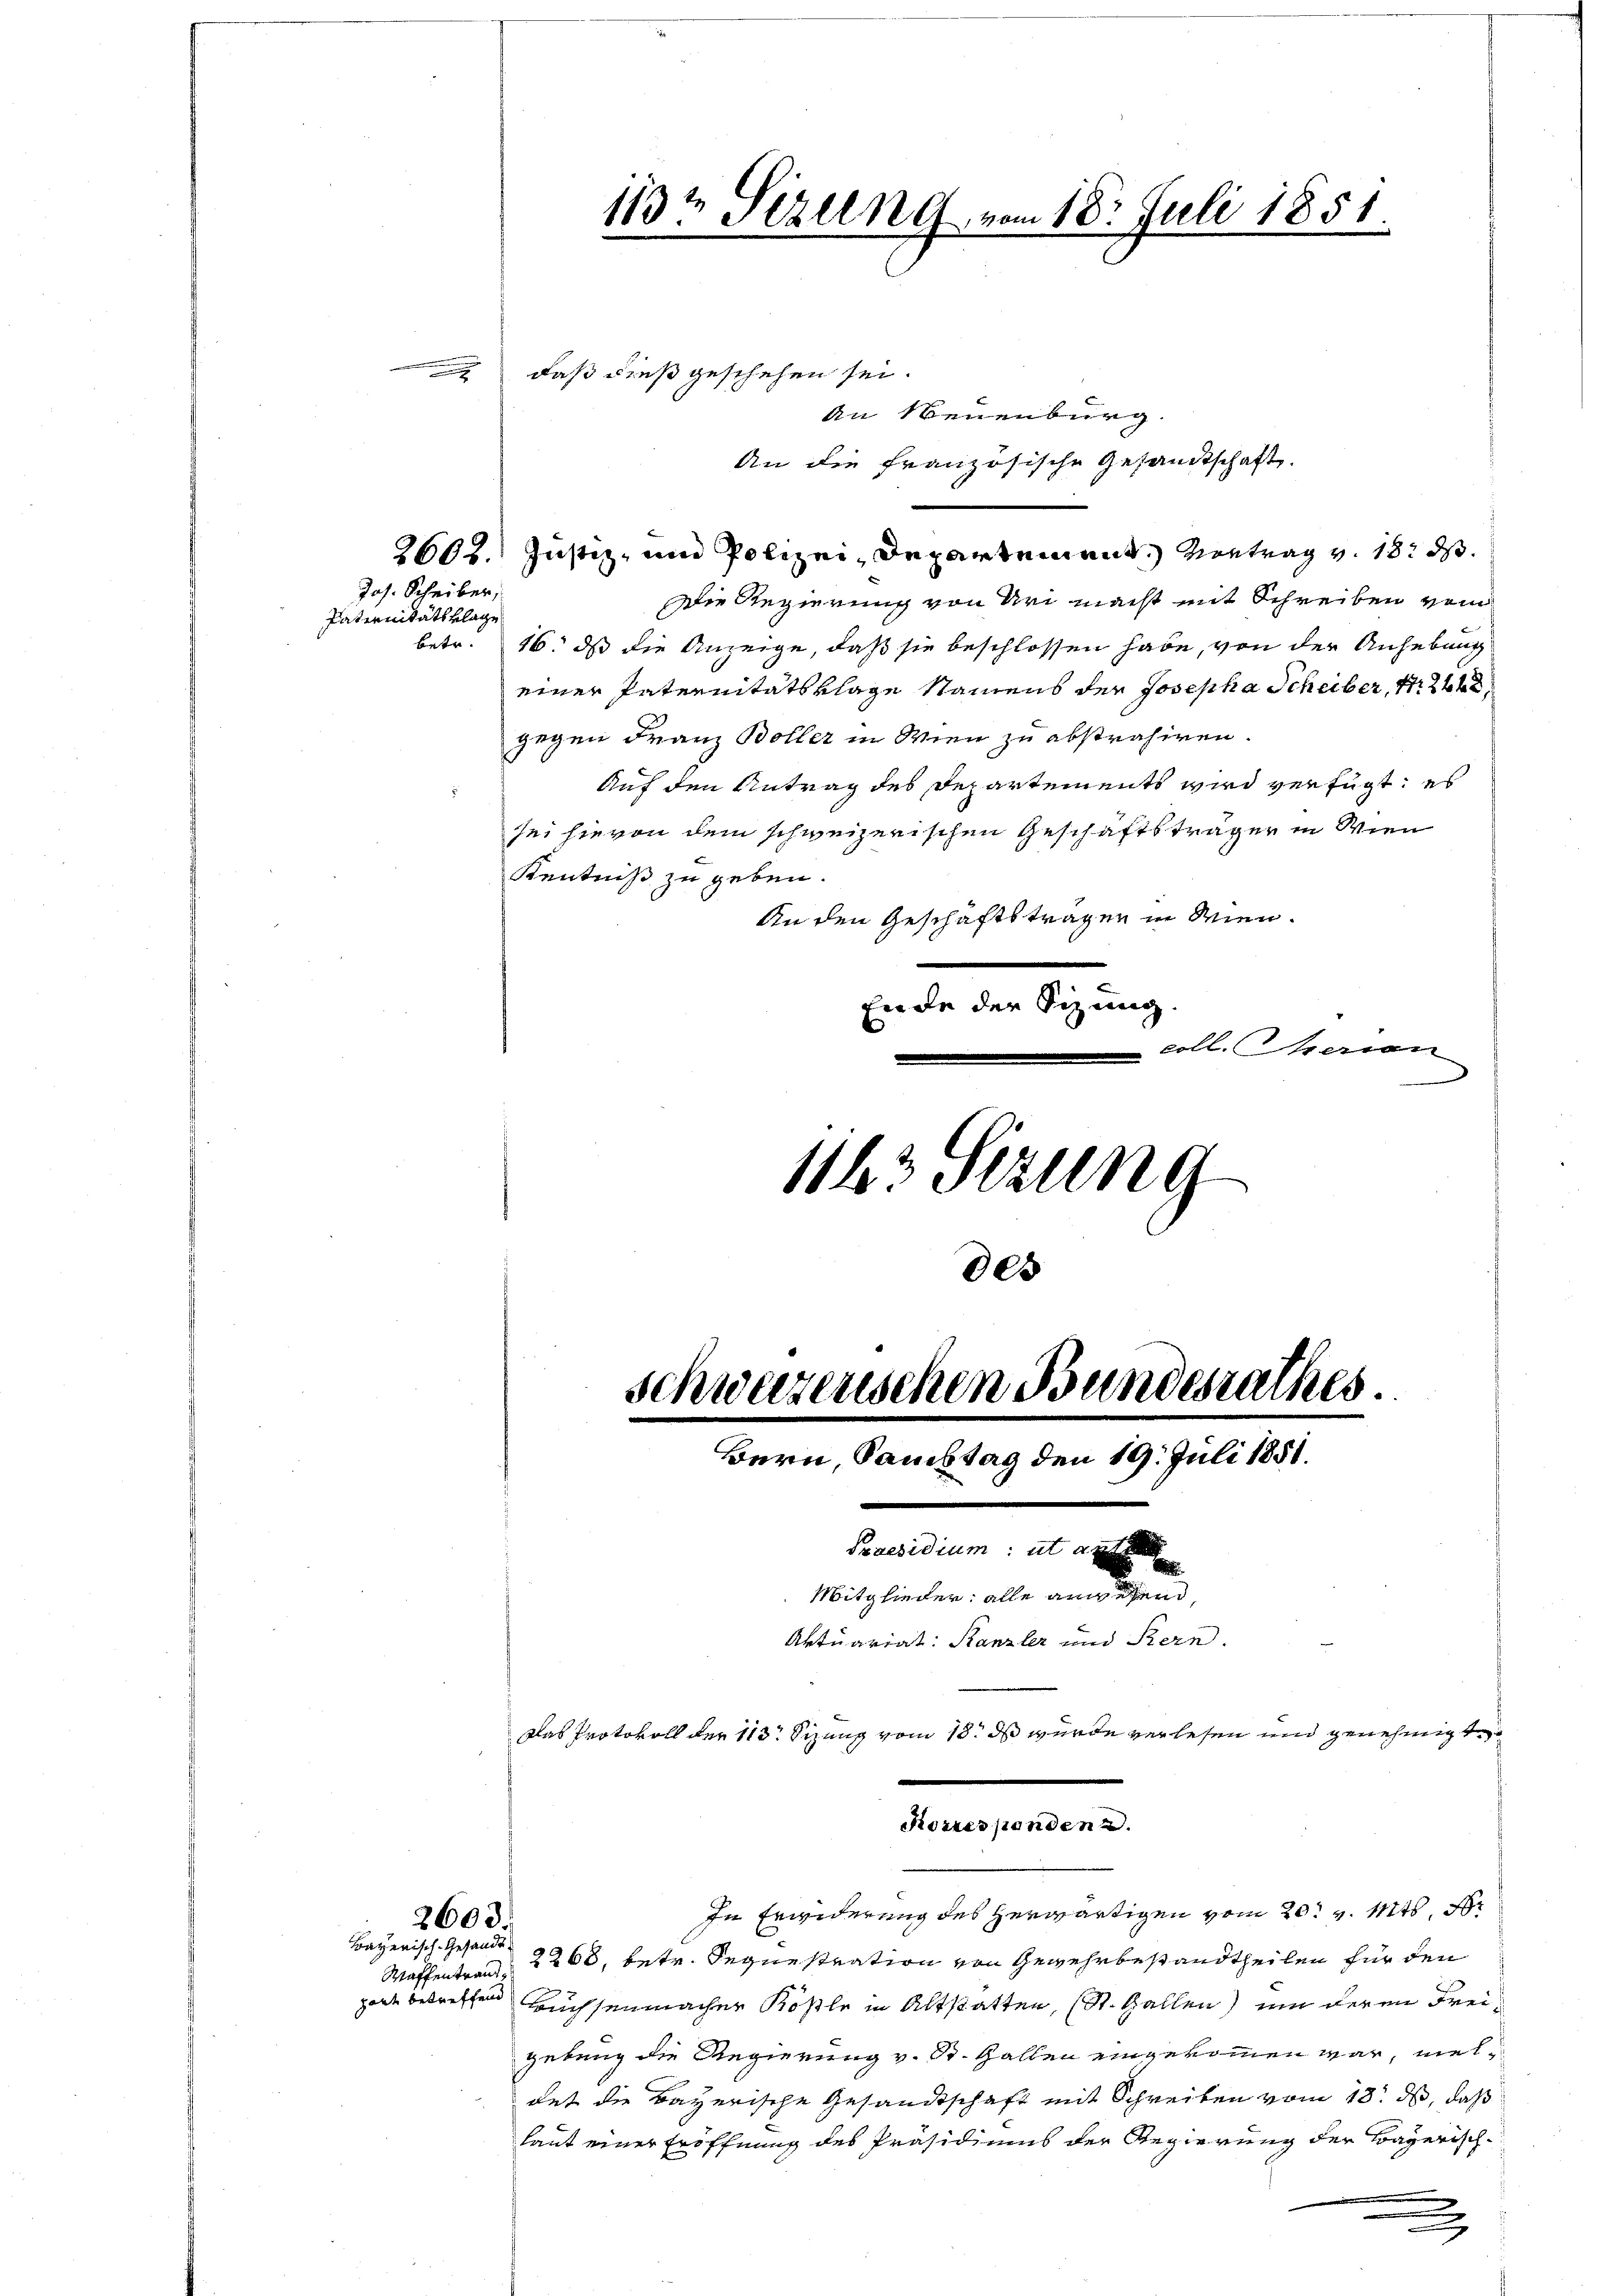
Paternitätsklage

.
daß dieß geschehen sei.

Jos. Scheiber,

betr.

2603.
Bayerisch-Gesandt.

2602. Justiz- und Polizei-Departement. Vortrag v. 18. ds.

An Neuenburg.
An die französische Gesandtschaft.
Die Regierung von Uri nacht mit Schreiben vom
16. ds die Anzeige, daß sie beschlossen habe, von der Anhebung
einer Paternitätsklage Namens der Josepha Scheiber, 1 244,
gegen Franz Boller in Wien zu abstrahiren.
Auf den Antrag des Departements wird verfügt: es
sei hievon dem schweizerischen Geschäftsträger in Wien
Kenntniß zu geben.
An den Geschäftsträgen in Wien.
Ende der Sizung.
coll. Serien

113t Sizung vom 18. Juli 1851.

1143 Setzung
00
schwerzenschen Bundesrathes.
Bern, Samstag den 19. Juli 1851.
e
Praesidium ut auf
Mitglieder: alle angegend,
Aktuariat: Kanzler und Bern.
Das Protokoll der 113 Sizung vom 13. ds wurde verlesen und genehmigte

Korresponden a.

In Erwiderung des herwärtigen vom 20t v. Mts. dr
Waffentrand 2268, betr. Segnestration von Gewehrbestandtheilen für den
port betreffen auchsenmacher Köste in Altstatten, (St. Gallen) um deren Freigebung die Regierung v. St. Gallen eingekommen war, vieldet die Bayerische Gesandtschaft mit Schreiben vom 18. ds, daß
laut einer Eröffnung des Präsidiums der Regierung der Bayerisch-